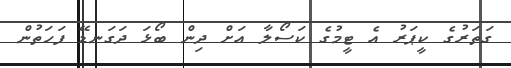
ގަތަރުގެ ކީޕަރު އެ ޓީމުގެ ކަސޯލާ އަށް ދިން ބޯޅަ ދަގަނޑޭ ފަހަތުން